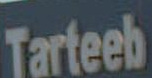
Tarteeb